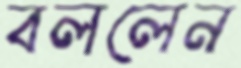
বললেন